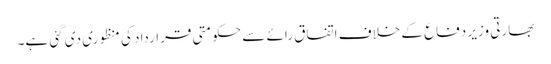
بھارتی وزیر دفاع کے خلاف اتفاق رائے سے حکومتی قرارداد کی منظوری دی گئی ہے۔